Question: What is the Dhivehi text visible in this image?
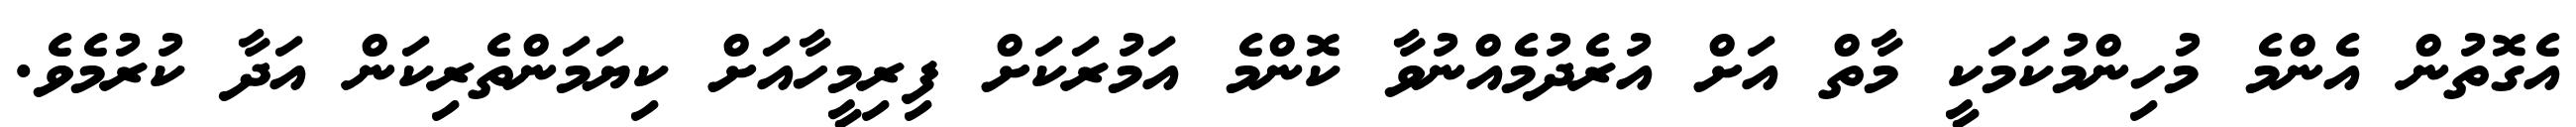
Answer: އެގޮތުން އެންމެ މުހިންމުކަމަކީ މާތް އަށް އުރެދުމެއްނުވާ ކޮންމެ އަމުރަކަށް ފިރިމީހާއަށް ކިޔަމަންތެރިކަން އަދާ ކުރުމެވެ.